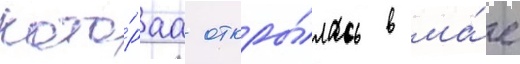
кото́раа откры́лась в ма́е